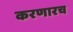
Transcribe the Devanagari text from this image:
करणारच